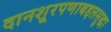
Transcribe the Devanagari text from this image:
दानशूरपणाबद्दलसुद्धा